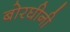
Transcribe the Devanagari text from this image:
बोरघीनी